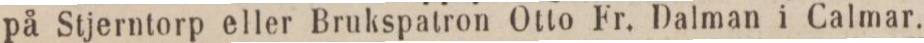
på Stjerntorp eller Brukspatron Otto Fr. Dalman i Calmar.